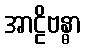
အာဠိဗန္ဓာ